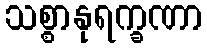
သစ္စာနုရက္ခဏာ